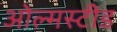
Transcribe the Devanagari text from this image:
ओल्मस्टीड